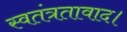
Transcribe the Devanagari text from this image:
स्वतंत्रतावाद।